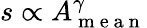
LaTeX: s\propto A_{\mathrm{~m~e~a~n~}}^{\gamma}